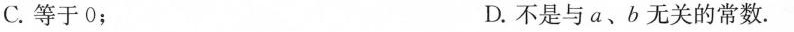
C. 等于 0； D. 不是与 a、b 无关的常数.